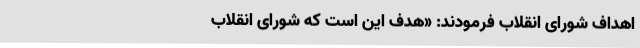
اهداف‌ شورای‌ انقلاب‌ فرمودند: «هدف‌ این‌ است‌ که‌ شورای‌ انقلاب‌